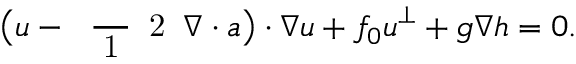
\big ( \boldsymbol { u } - \mathrm { ~ \scriptsize ~ \frac ~ { ~ 1 ~ } ~ { ~ 2 ~ } ~ } \boldsymbol { \nabla } \boldsymbol { \cdot } \boldsymbol { a } \big ) \boldsymbol { \cdot } \boldsymbol { \nabla } \boldsymbol { u } + f _ { 0 } \boldsymbol { u } ^ { \perp } + g \boldsymbol { \nabla } h = 0 .